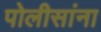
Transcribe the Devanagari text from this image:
पोलीसांना